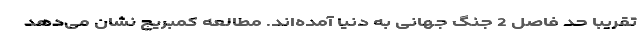
تقریبا حد فاصل 2 جنگ جهانی به دنیا آمده‌اند. مطالعه کمبریج نشان می‌دهد